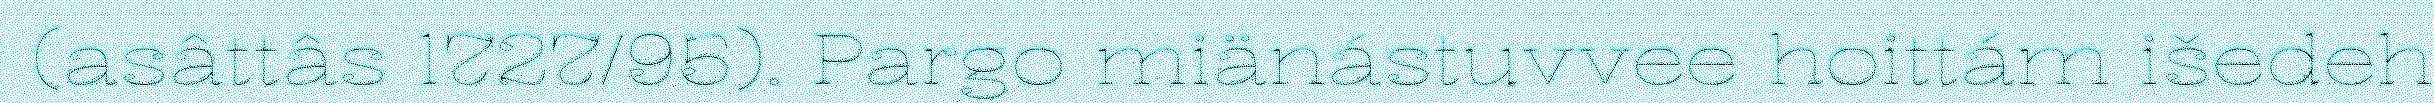
(asâttâs 1727/95). Pargo miänástuvvee hoittám išedeh